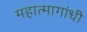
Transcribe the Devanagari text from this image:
महात्मागांधी